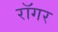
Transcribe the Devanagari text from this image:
रॉगर